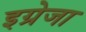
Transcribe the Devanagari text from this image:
इग्रेजा